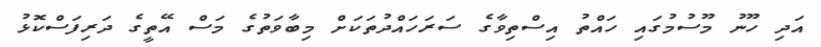
އަދި ހޫނު މޫސުމުގައި ހައްތު އިސްތިވާގެ ސަރަހައްދުތަކަށް މިބާވަތުގެ މަސް އޭތީގެ ދަރިފަސްކޮޅު